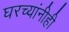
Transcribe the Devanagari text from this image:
घरच्यांनीही